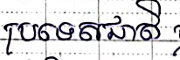
ប្រទេសជាតិ